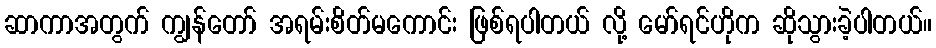
ဆာကာအတွက် ကျွန်တော် အရမ်းစိတ်မကောင်း ဖြစ်ရပါတယ် လို့ မော်ရင်ဟိုက ဆိုသွားခဲ့ပါတယ်။